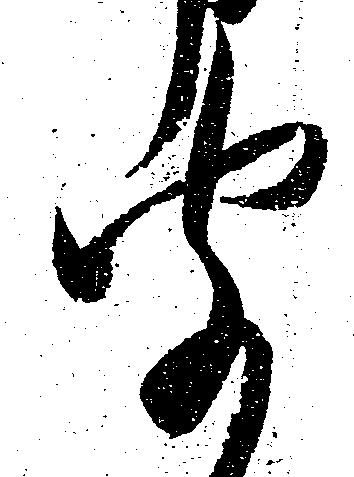
聞